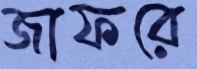
জাফরে